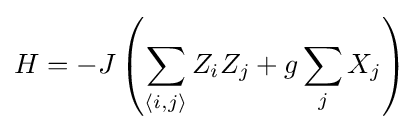
H=-J\left(\sum _{\langle i,j\rangle }Z_{i}Z_{j}+g\sum _{j}X_{j}\right)